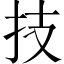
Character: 技